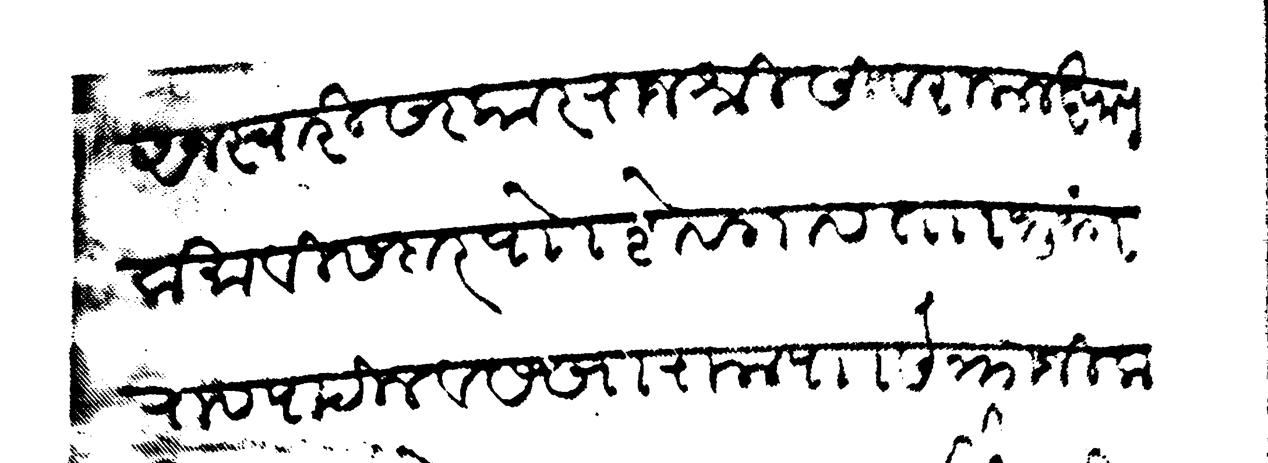
Transliteration (Devanagari): अज स्वारी सरकार राजश्री सिवराम लक्ष्मण कमावीसदार पाो शेवगाव ता भुजंगराव पाटील व सखाराम पा संक्राजी कसबे